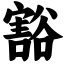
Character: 豁